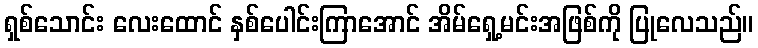
ရှစ်သောင်း လေးထောင် နှစ်ပေါင်းကြာအောင် အိမ်ရှေ့မင်းအဖြစ်ကို ပြုလေသည်။